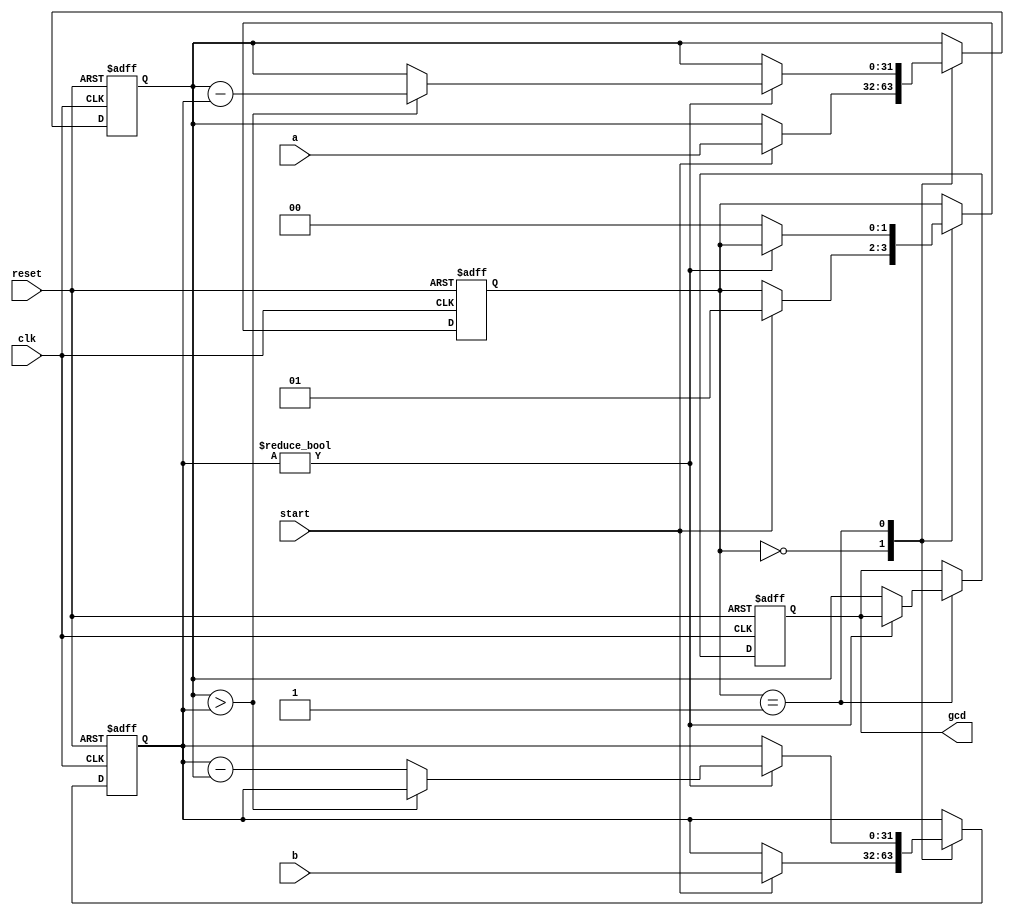
`timescale 1ns / 1ps
module gcd_fsm (
    input wire clk,
    input wire reset,
    input wire start,
    input wire [31:0] a,
    input wire [31:0] b,
    output reg [31:0] gcd
);

    reg [1:0] state;
    reg [31:0] x;
    reg [31:0] y;

    always @(posedge clk or posedge reset) begin
        if (reset) begin
            state <= 2'b00; // Initial state
            x <= 0;
            y <= 0;
	    gcd <= 0;
        end else begin
            case (state)
                2'b00: begin // State 0 - Load inputs and start calculation
                    if (start) begin
                        x <= a;
                        y <= b;
                        state <= 2'b01;
                    end
                end
                2'b01: begin // State 1 - Calculate GCD using Euclidean algorithm
                    if (y != 0) begin
                        if (x > y) x <= x - y;
                        else y <= y - x;
                    end else begin
                        gcd <= x;
                        state <= 2'b00; // Return to initial state
                    end
                end
            endcase
        end
    end

endmodule